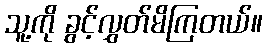
သူ့ကို ခွင့်လွှတ်မိကြတယ်။